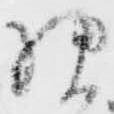
様